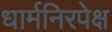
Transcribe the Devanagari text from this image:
धार्मनिरपेक्ष